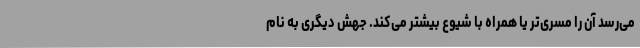
می‌رسد آن را مسری‌تر یا همراه با شیوع بیشتر می‌کند. جهش دیگری به نام